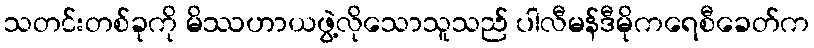
သတင်းတစ်ခုကို မိဿဟာယဖွဲ့လိုသောသူသည် ပါလီမန်ဒီမိုကရေစီခေတ်က